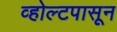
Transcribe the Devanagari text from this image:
व्होल्टपासून